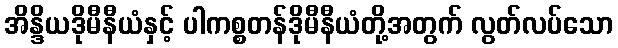
အိန္ဒိယဒိုမီနီယံနှင့် ပါကစ္စတန်ဒိုမီနီယံတို့အတွက် လွတ်လပ်သော